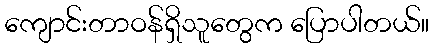
ကျောင်းတာဝန်ရှိသူတွေက ပြောပါတယ်။